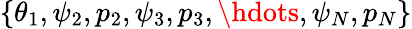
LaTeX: \{ \theta_{1},\psi_{2},p_{2},\psi_{3},p_{3},\hdots,\psi_{N},p_{N}\}